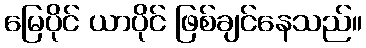
မြေပိုင် ယာပိုင် ဖြစ်ချင်နေသည်။